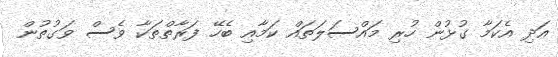
އަދި އެކަމާ ގުޅުން ހުރި މައްސަލަތައް ކަމާއި ބެހޭ ފަރާތްތަކާ ވެސް ވަގުތުން